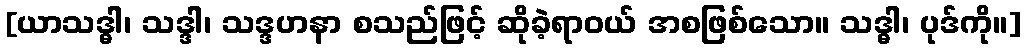
[ယာသဒ္ဓါ၊ သဒ္ဒါ၊ သဒ္ဒဟနာ စသည်ဖြင့် ဆိုခဲ့ရာဝယ် အစဖြစ်သော။ သဒ္ဓါ၊ ပုဒ်ကို။]